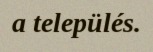
a település.